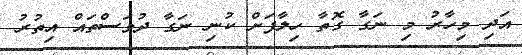
އަދި މިހާރު މި ނަގާ ގޮތާ ހިލާފަށް ކުނި ނަގާ ދުވަސްތައް އިތުރު